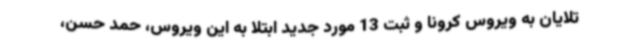
تلایان به ویروس کرونا و ثبت 13 مورد جدید ابتلا به این ویروس، حمد حسن،